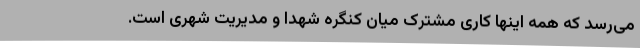
می‌رسد که همه اینها کاری مشترک میان کنگره شهدا و مدیریت شهری است.